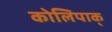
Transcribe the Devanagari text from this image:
कोलिपाक्